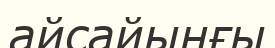
айсайынғы